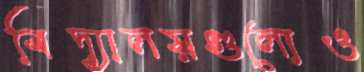
বিদ্যালয়গুলোও